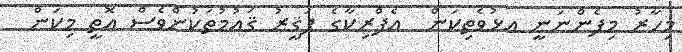
މިހާރު މިފެންނަނީ އޅުވެތިކަން  އެފްރިކާގެ ފަޤީރު ޤައުމުތަކުންވެސް އޮތީ މިކަން